Lunatic asylums Madras 1892-1911 - 1892-1911
Year: 1892
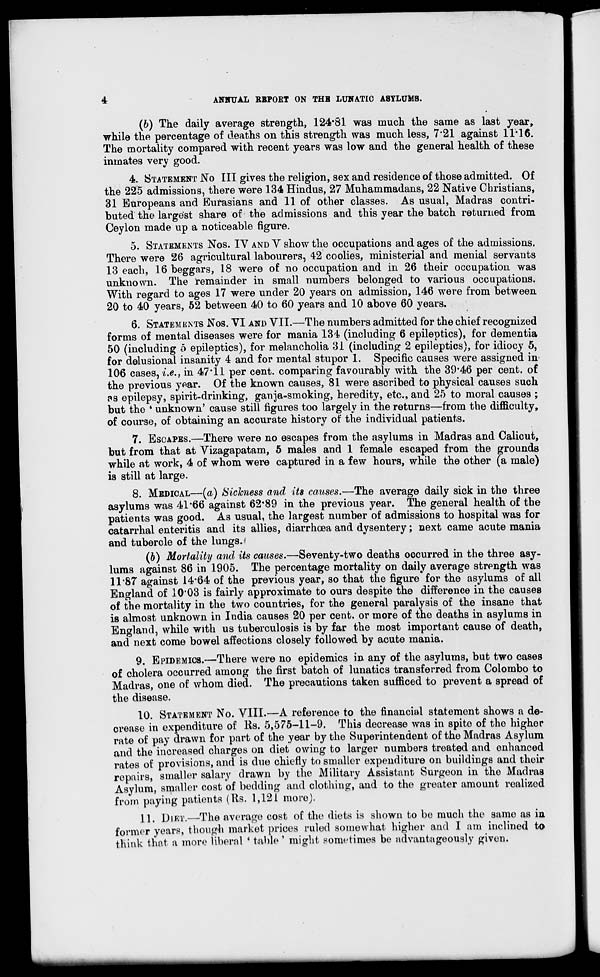
4
ANNUAL REPORT ON THB LUNATIC ASYLUMS.
(b) The daily average strength, 124*81 was much the same as last year,
while the percentage of deaths on this strength was much less, 7*21 against 11*16.
The mortality compared with recent years was low and the general health of these
inmates verv good.
4. STATEMENT No III gives the religion, sex and residence of those admitted. Of
the 225 admissions, there were 134 Hindus, 27 Muhammadans, 22 Native Christians,
31 Europeans and Eurasians and 11 of other classes. As usual, Madras contri-
buted the largest share of the admissions and this year the batch returned from.
Ceylon made up a noticeable figure.
5. STATEMENTS Nos. IV AND V show the occupations and ages of the admissions.
There were 26 agricultural labourers, 42 coolies, ministerial and menial servants
13 each, 16 beggars, 18 were of no occupation and in 26 their occupation was
unknown. The remainder in small numbers belonged to various occupations.
With regard to ages 17 were under 20 years on admission, 146 were from between
20 to 40 years, 52 between 40 to 60 years and 10 above 60 years.
6. STATEMENTS Nos. VI AND VII.—The numbers admitted for the chief recognized
forms of mental diseases were for mania 134 (including 6 epileptics), for dementia
50 (including 5 epileptics), for melancholia 31 (including 2 epileptics), for idiocy 5,
for delusional insanity 4 and for mental stupor 1. Specific causes were assigned in
106 cases, i.e., in 47*11 per cent, comparing favourably with the 39*46 per cent, of
the previous year. Of the known causes, 81 were ascribed to physical causes such
PS epilepsy, spirit-drinking, ganja-smoking, heredity, etc., and 25 to moral causes ;
but the * unknown' cause still figures too largely in the returns—from the difficulty,
of course, of obtaining an accurate history of the individual patients.
7. ESCAPES.—There were no escapes from the asylums in Madras and Calicut,
but from that at Vizagapatam, 5 males and 1 female escaped from the grounds
while at work, 4 of whom were captured in a few hours, while the other (a male)
is still at large.
8. MEDICAL—(a) Sickness and its causes.—The average daily sick in the three
asylums was 41*66 against 62*89 in the previous year. The general health of the
patients was good. As usual, the largest number of admissions to hospital was for
catarrhal enteritis and its allies, diarrhoea and dysentery; next came acute mania
and tubercle of the lungs.-
(6) Mortality and its causes.—Seventy-two deaths occurred in the three asy-
lums against 86 in 1905. The percentage mortality on daily average strength was
11*87 against 14*64 of the previous year, so that the figure for the asylums of all
England of 10*03 is fairly approximate to ours despite the difference in the causes
of the mortality in the two countries, for the general paralysis of the insane that
is almost unknown in India causes 20 per cent, or more of the deaths in asylums in
England, while with us tuberculosis is by far the most important cause of death,
and next come bowel affections closely followed by acute mania.
9. EPIDEMICS.—There were no epidemics in any of the asylums, but two cases
of cholera occurred among the first batch of lunatics transferred from Colombo to
Madras, one of whom died. The precautions taken sufficed to prevent a spread of
the disease.
10. STATEMENT No. VIII.—A reference to the financial statement shows a de-
crease in expenditure of lls. 5,575-11-9. This decrease was in spite of the higher
rate of pay drawn for part of the year by the Superintendent of the Madras Asylum
and the increased charges on diet owing to larger numbers treated and enhanced
rates of provisions, and is clue chiefly to smaller expenditure on buildings and their
repairs, smaller salary drawn by the Military Assistant Surgeon in the Madras
Asylum, smaller cost of bedding and clothing, and to the greater amount realized
from paying patients (Rs. 1,121 more).
11. DIET.—The average cost of the diets is shown to be much the same as in
former years, though market prices ruled somewhat higher and I am inclined to
think that a more liberal * table ' might sometimes be advantageously given.